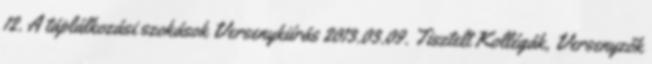
12. A táplálkozási szokások Versenykiírás 2013.03.09. Tisztelt Kollégák, Versenyzők